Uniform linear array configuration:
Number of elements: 8
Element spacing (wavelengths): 1
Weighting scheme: blackman
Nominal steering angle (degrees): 45
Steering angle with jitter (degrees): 46.243
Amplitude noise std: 0.05
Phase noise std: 0.05

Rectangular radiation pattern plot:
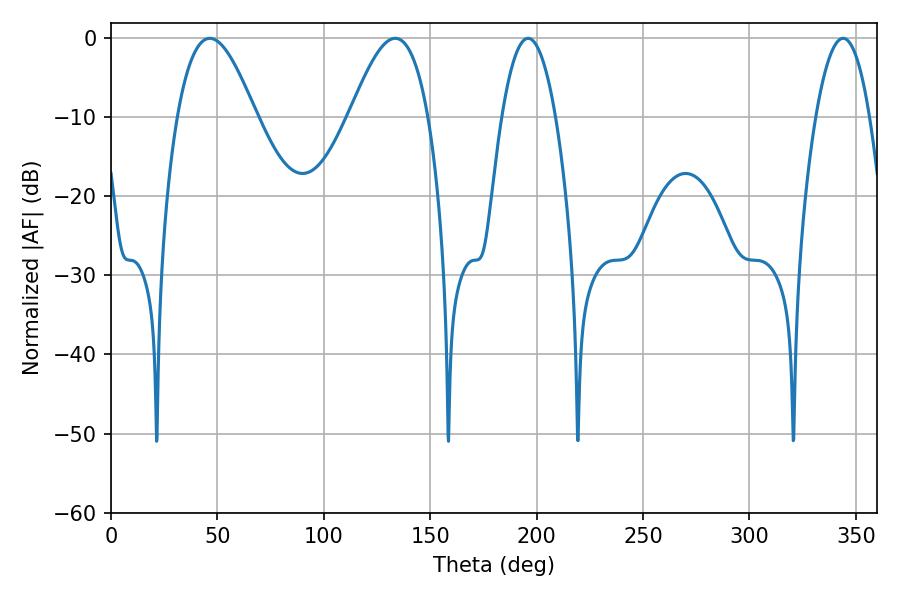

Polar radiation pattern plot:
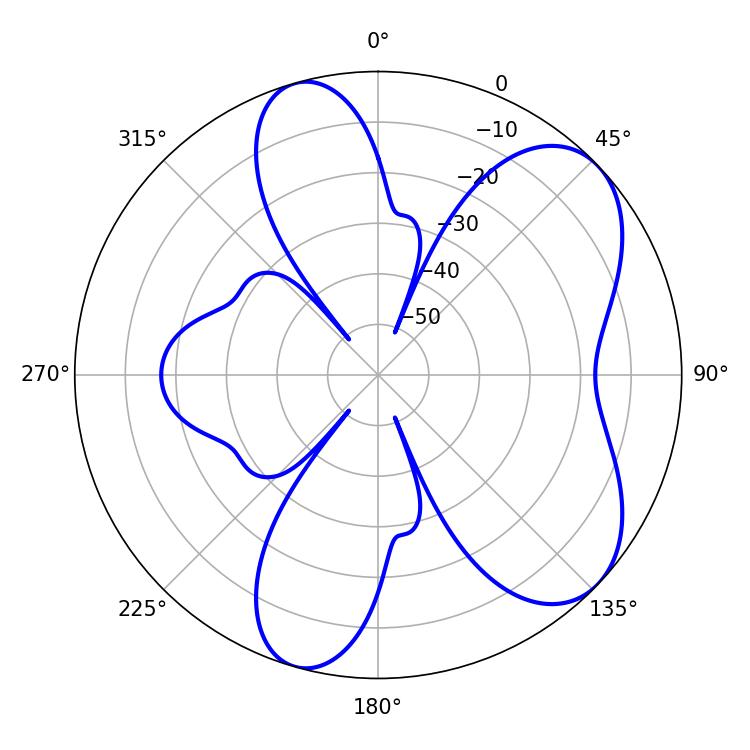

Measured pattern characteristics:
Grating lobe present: TRUE
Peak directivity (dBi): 6.752
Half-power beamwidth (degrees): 19.98
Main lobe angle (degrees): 46.44